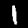
Digit: 1